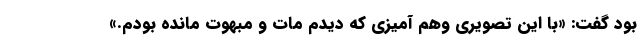
بود گفت: «با این تصویری وهم آمیزی که دیدم مات و مبهوت مانده بودم.»